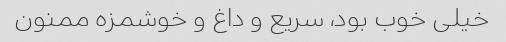
خیلی خوب بود، سریع و داغ و خوشمزه ممنون